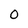
Character: 0